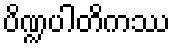
ပိဏ္ဍပါတိကဿ